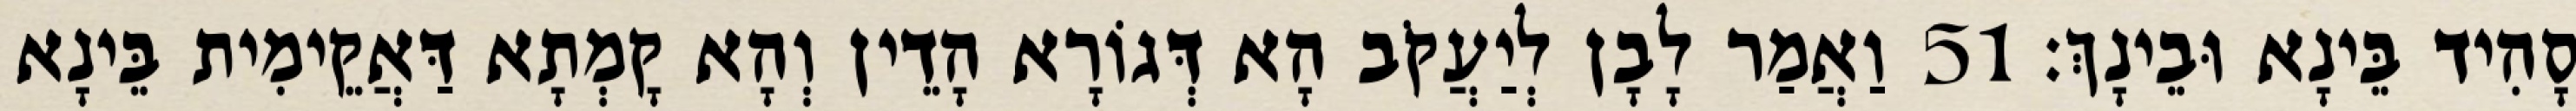
סָהִיד בֵּינָא וּבֵינָךְ׃ 51 וַאֲמַר לָבָן לְיַעֲקֹב הָא דְּגוֹרָא הָדֵין וְהָא קָמְתָא דַּאֲקֵימִית בֵּינָא